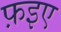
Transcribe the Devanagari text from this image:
फ़इए